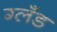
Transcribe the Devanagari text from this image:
ग्लँड